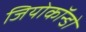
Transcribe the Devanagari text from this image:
जियोकॉन्डो